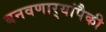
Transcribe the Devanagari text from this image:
बनवणार्‍यांपैकी